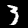
Label: 3